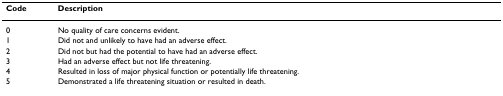
<table><thead><tr><td><b>Code</b></td><td><b>Description</b></td></tr></thead><tbody><tr><td>0</td><td>No quality of care concerns evident.</td></tr><tr><td>1</td><td>Did not and unlikely to have had an adverse effect.</td></tr><tr><td>2</td><td>Did not but had the potential to have had an adverse effect.</td></tr><tr><td>3</td><td>Had an adverse effect but not life threatening.</td></tr><tr><td>4</td><td>Resulted in loss of major physical function or potentially life threatening.</td></tr><tr><td>5</td><td>Demonstrated a life threatening situation or resulted in death.</td></tr></tbody></table>